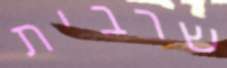
שרבית